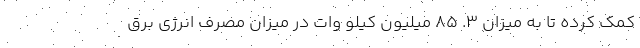
کمک کرده تا به میزان 3. 85 میلیون کیلو وات در میزان مصرف انرژی برق